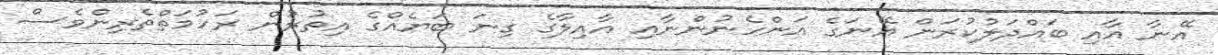
އޭނާ އާއި ބައްދަލުކުރަން އޭނަގެ އަންހެނުންނާއި އާއިލާގެ ގިނަ ބަޔެއްގެ އިތުރުން ރަހުމަތްތެރިންވެސް